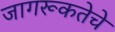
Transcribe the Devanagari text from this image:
जागरूकतेचे